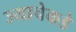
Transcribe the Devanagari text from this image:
ज्याचेकडे